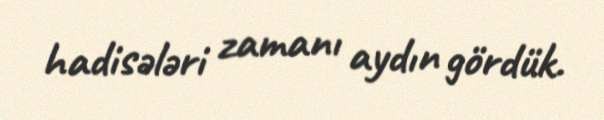
hadisələri zamanı aydın gördük.